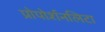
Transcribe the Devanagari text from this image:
प्रोपोर्शनलिटा